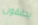
يحققون